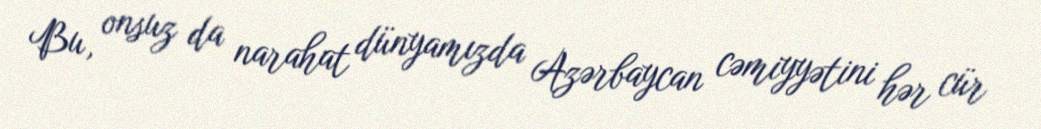
Bu, onsuz da narahat dünyamızda Azərbaycan cəmiyyətini hər cür